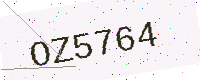
Text: OZ5764